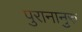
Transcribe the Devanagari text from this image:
पुरानानुरु